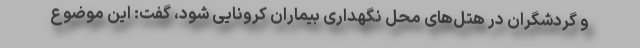
و گردشگران در هتل‌های محل نگهداری بیماران کرونایی شود، گفت: این موضوع